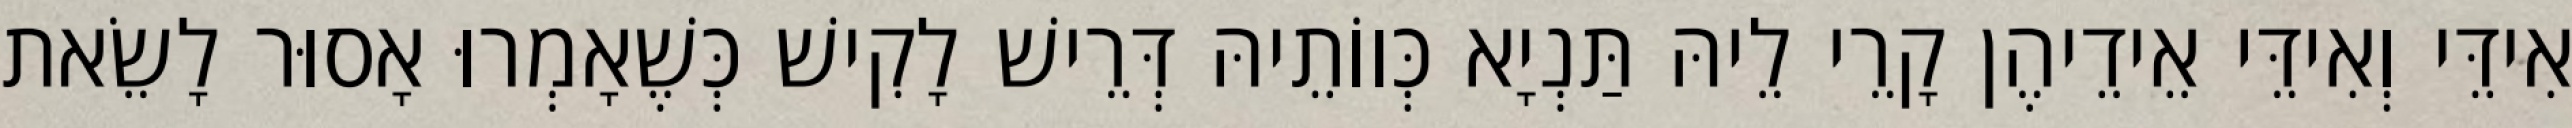
אִידֵּי וְאִידֵּי אֵידֵיהֶן קָרֵי לֵיהּ תַּנְיָא כְּווֹתֵיהּ דְּרֵישׁ לָקִישׁ כְּשֶׁאָמְרוּ אָסוּר לָשֵׂאת